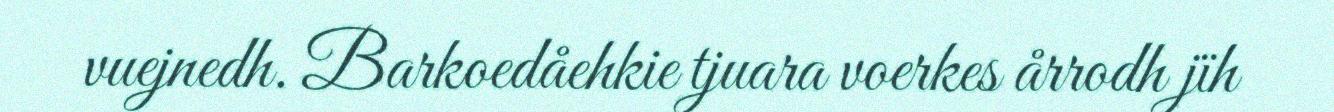
vuejnedh. Barkoedåehkie tjuara voerkes årrodh jïh